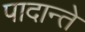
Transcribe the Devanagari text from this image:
पादान्ते